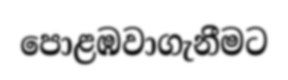
පොළඹවාගැනීමට